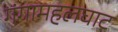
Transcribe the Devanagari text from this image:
गंगामहलघाट